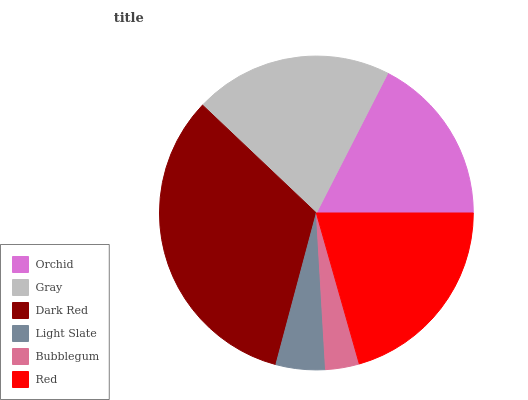
| Orchid | Gray | Dark Red | Light Slate | Bubblegum | Red |
 | --- | --- | --- | --- | --- | --- |
 | 17.5% | 20.4% | 33% | 5.08% | 3.47% | 20.6% |